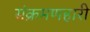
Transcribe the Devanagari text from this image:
संक्रमणहारी